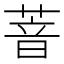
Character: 萻